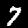
Digit: 7